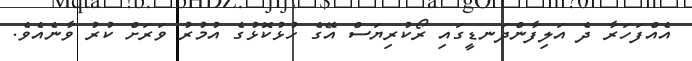
އެއްފަހަރާ ދެ އަލިފާންދަނޑީގައި ރޯކުރިޔަސް އޭގެ ހުޅުކޮޅުގެ އުމުރު ވަރަށް ކުރު ވާނެއެވެ.